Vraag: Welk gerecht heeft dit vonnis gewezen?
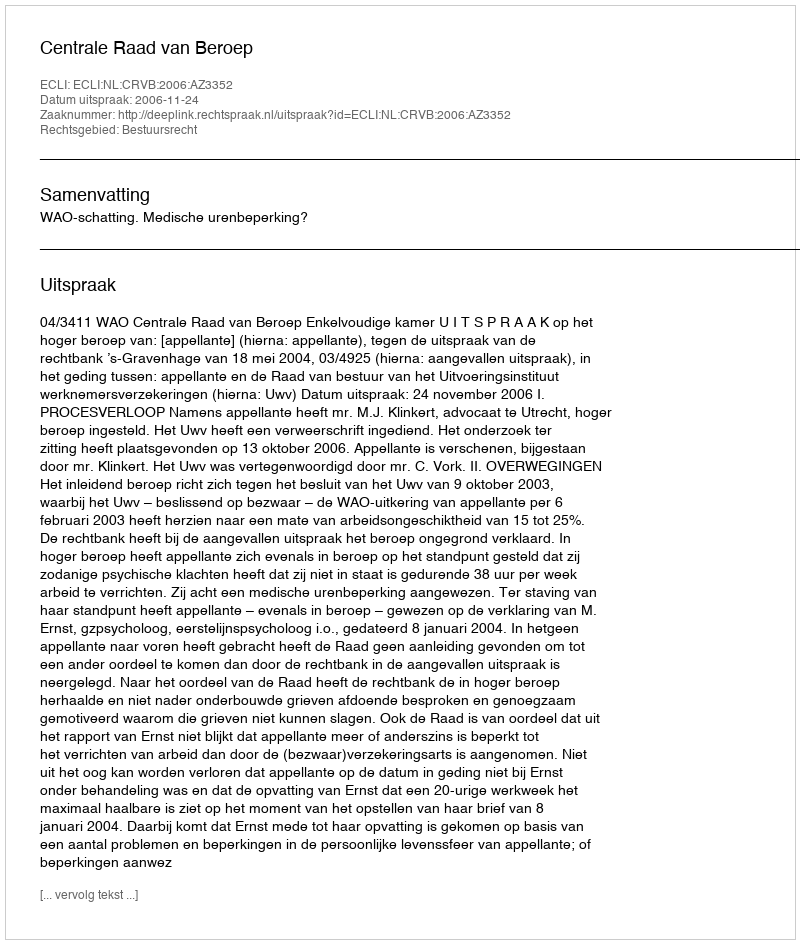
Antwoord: Centrale Raad van Beroep